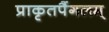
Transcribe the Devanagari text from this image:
प्राकृतपैंगलम्